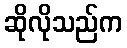
ဆိုလိုသည်က